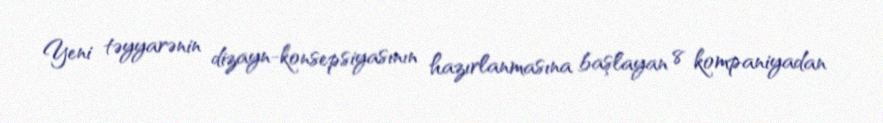
Yeni təyyarənin dizayn-konsepsiyasının hazırlanmasına başlayan 8 kompaniyadan